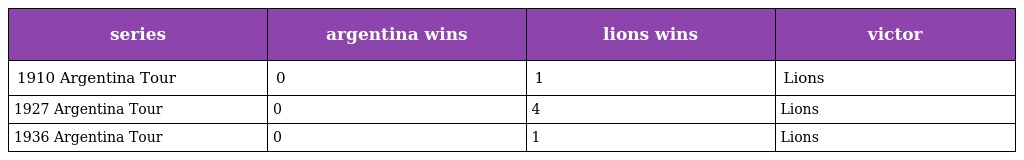
| series | argentina wins | lions wins | victor |
 | --- | --- | --- | --- |
 | 1910 Argentina Tour | 0 | 1 | Lions |
 | 1927 Argentina Tour | 0 | 4 | Lions |
 | 1936 Argentina Tour | 0 | 1 | Lions |